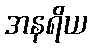
အနရိယ